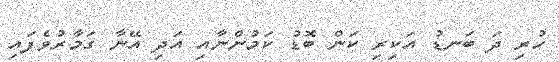
ހުރި ދަ ބަނޑު އަކިރި ކަން ބޮޑު ކަމުންނާއި އަދި އޭނާ ގަމާރުވެފައި